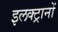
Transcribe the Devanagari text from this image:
इलक्ट्रानों